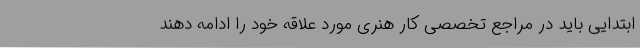
ابتدایی باید در مراجع تخصصی کار هنری مورد علاقه خود را ادامه دهند